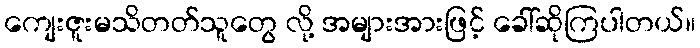
ကျေးဇူးမသိတတ်သူတွေ လို့ အများအားဖြင့် ခေါ်ဆိုကြပါတယ်။